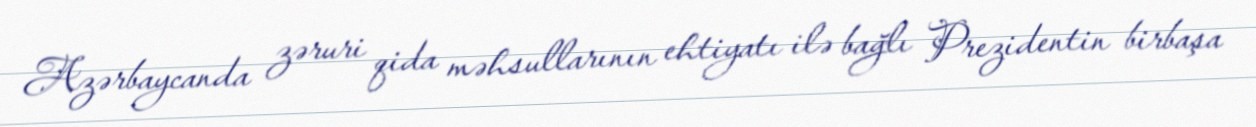
Azərbaycanda zəruri qida məhsullarının ehtiyatı ilə bağlı Prezidentin birbaşa